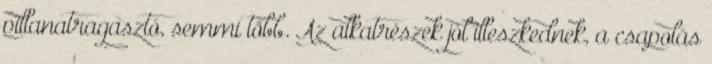
pillanatragasztó, semmi több. Az alkatrészek jól illeszkednek, a csapolás